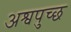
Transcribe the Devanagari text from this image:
अश्वपुच्छ